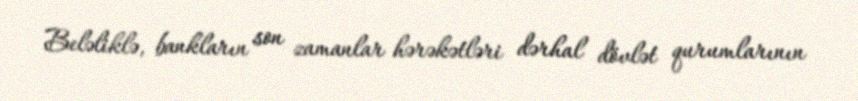
Beləliklə, bankların son zamanlar hərəkətləri dərhal dövlət qurumlarının